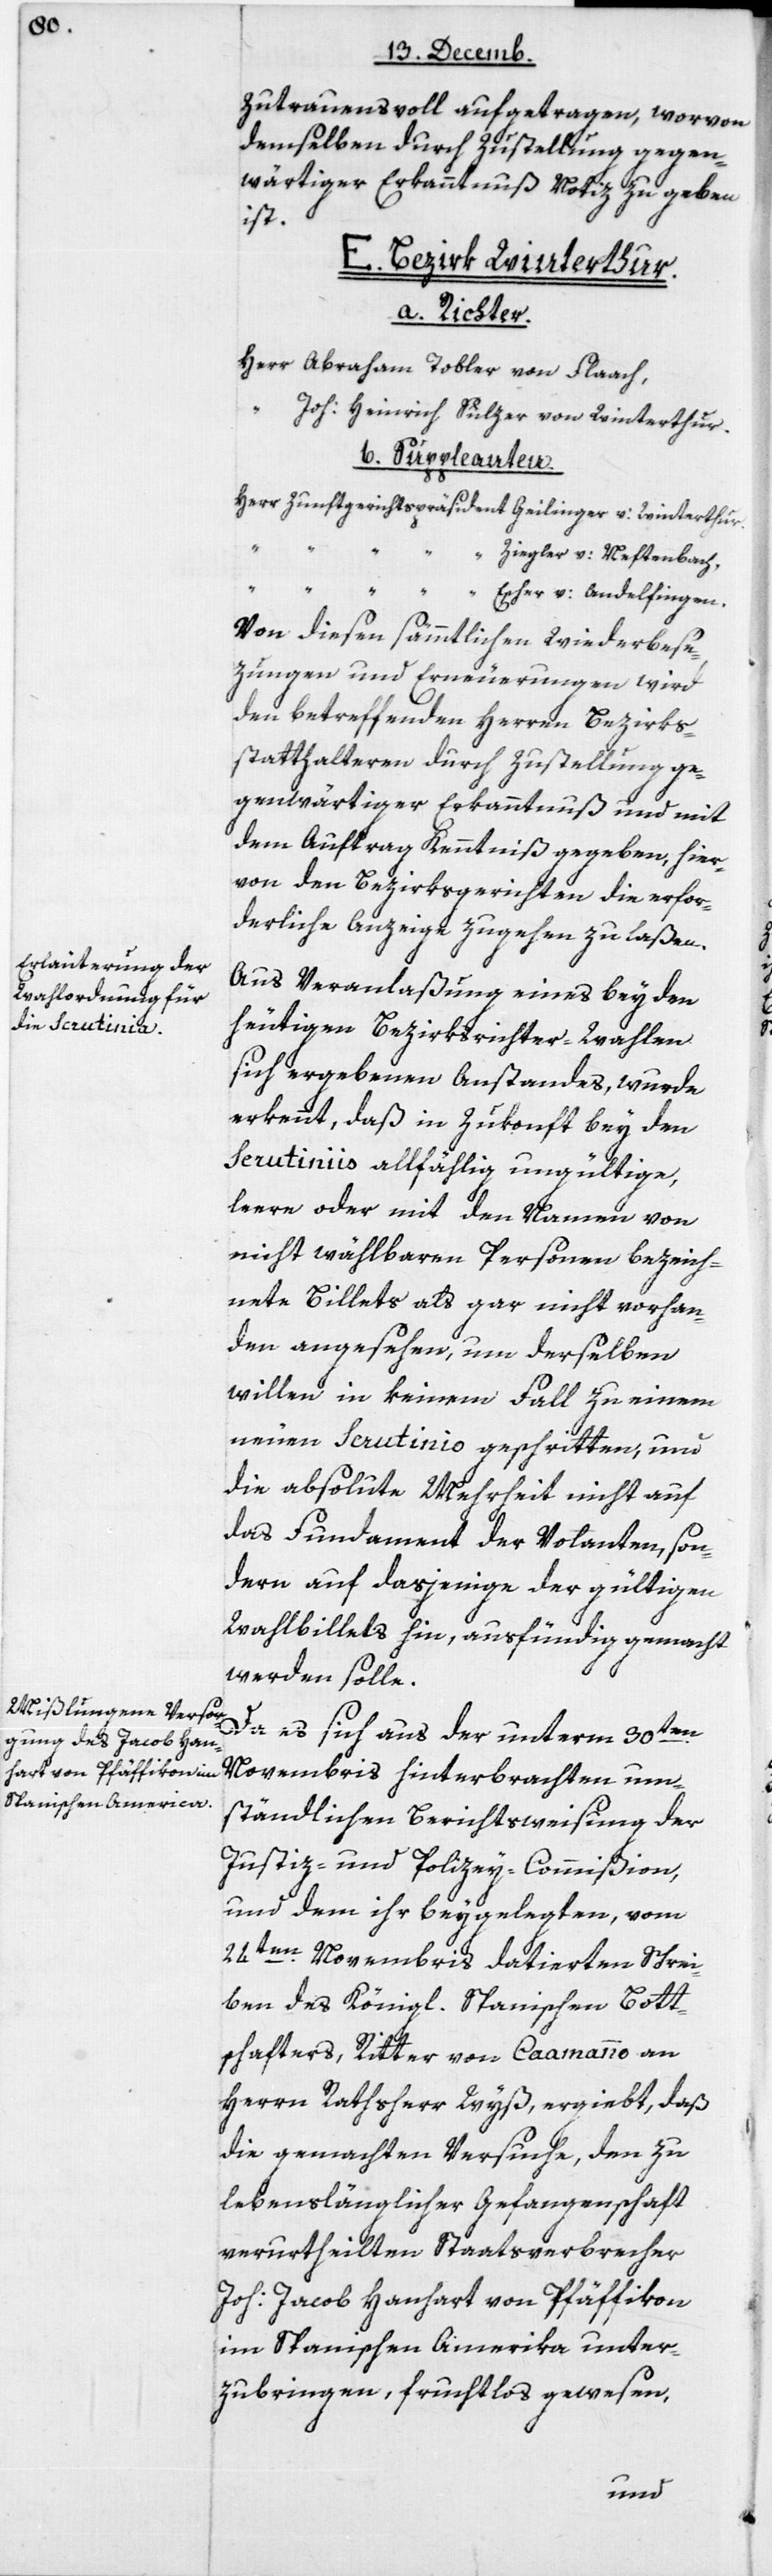
zutrauensvoll aufgetragen, worvon
demselben durch Zustellung gegen¬
wärtiger Erkanntnuß Notiz zu geben
E.
ist.
Bezirk Winterthur.
a. Richter:
Herr Abraham Tobler von Flaach,
Joh. Heinrich Sulzer von Winterthur.
b. Suppleanten:
Herr Zunftgerichts-Präsident Escher von Andelfi¬
Von diesen sämtlichen Wiederbese¬
zungen und Erneuerungen wird
den betreffenden Herren Bezirks¬
statthalteren durch Zustellung ge¬
genwärtiger Erkanntnuß und mit
dem Auftrag Kenntniß gegeben, hier¬
von den Bezirksgerichten die erfor¬
derliche Anzeige zugehen zu laßen.
Aus Veranlaßung eines bey den
heutigen Bezirksrichter-Wahlen
sich ergebenen Anstandes, wurde
erkennt, daß in Zukonft bey den
Scrutiniis allfällig ungültige,
leere oder mit den Namen von
nicht wählbaren Personen bezeich¬
nete Billets als gar nicht vorhan¬
den angesehen, um derselben
willen in keinem Fall zu einem
neuen Scrutinio geschritten, und
die absolute Mehrheit nicht auf
das Fundament der Volanten, son¬
dern auf dasjenige der gültigen
Wahlbillets hin, ausfündig gemacht
werden solle.
Da es sich aus der unterm 30ten
Novembris hinterbrachten um¬
ständlichen Berichtsweisung der
Justiz- und Polizey-Commißion,
und dem ihr beygelegten, vom
24ten Novembris datierten Schrei¬
ben des Königl. Spanischen Bott¬
schafters, Ritter von Caamanno an
Herrn Rathsherr Wyß, ergiebt, daß
die gemachten Versuche, den zu
lebenslänglicher Gefangenschaft
verurtheilten Staatsverbrecher
Joh. Jacob Hanhart von Pfäffikon,
im Spanischen Amerika unter¬
zubringen, fruchtlos gewesen,
ngen.